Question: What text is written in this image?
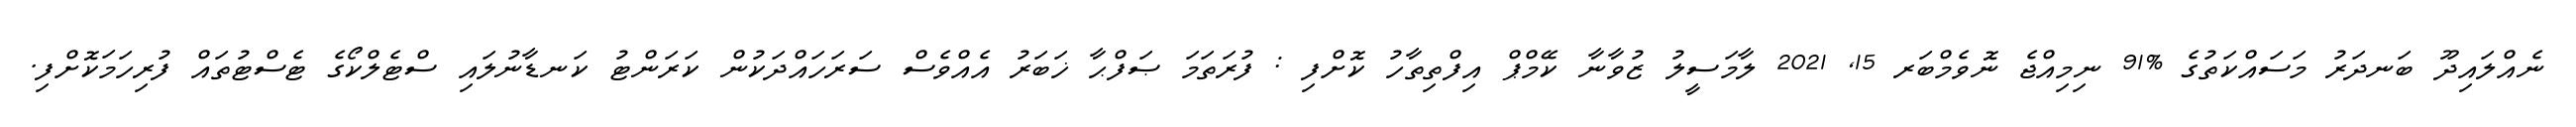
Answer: ނެއްލައިދޫ ބަނދަރު މަސައްކަތުގެ %91 ނިމިއްޖެ ނޮވެމްބަރ 15, 2021 ލާމަސީލު ޒުވާނާ ކޭމްޕް އިފްތިތާހު ކޮށްފި : ފުރަތަމަ ޞަފްޙާ ޚަބަރު އެއްވެސް ސަރަހައްދަކުން ކަރަންޓު ކަނޑާނުލައި ސްޓެލްކޯގެ ޓެސްޓުތައް ފުރިހަމަކޮށްފި.